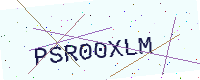
Text: PSR00XLM